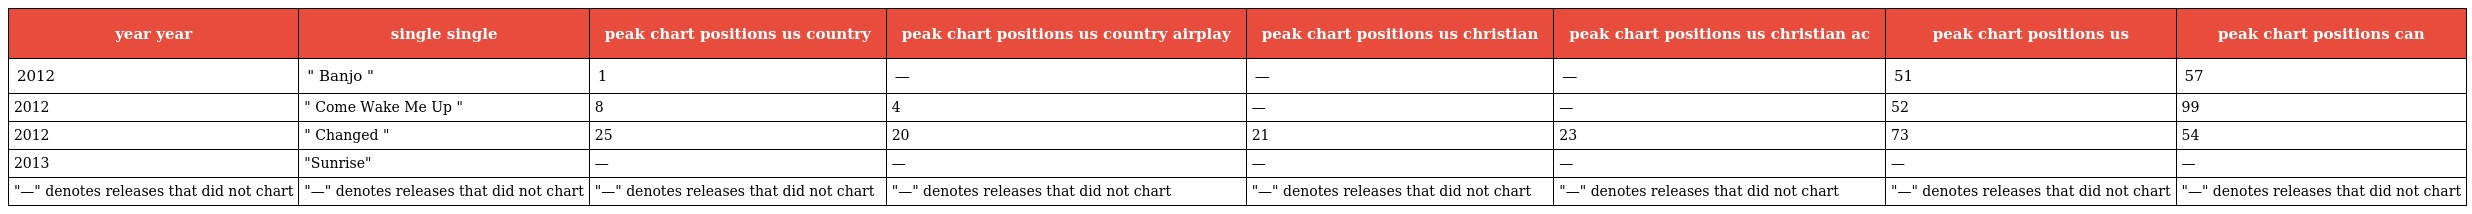
| year year | single single | peak chart positions us country | peak chart positions us country airplay | peak chart positions us christian | peak chart positions us christian ac | peak chart positions us | peak chart positions can |
 | --- | --- | --- | --- | --- | --- | --- | --- |
 | 2012 | " Banjo " | 1 | — | — | — | 51 | 57 |
 | 2012 | " Come Wake Me Up " | 8 | 4 | — | — | 52 | 99 |
 | 2012 | " Changed " | 25 | 20 | 21 | 23 | 73 | 54 |
 | 2013 | "Sunrise" | — | — | — | — | — | — |
 | "—" denotes releases that did not chart | "—" denotes releases that did not chart | "—" denotes releases that did not chart | "—" denotes releases that did not chart | "—" denotes releases that did not chart | "—" denotes releases that did not chart | "—" denotes releases that did not chart | "—" denotes releases that did not chart |